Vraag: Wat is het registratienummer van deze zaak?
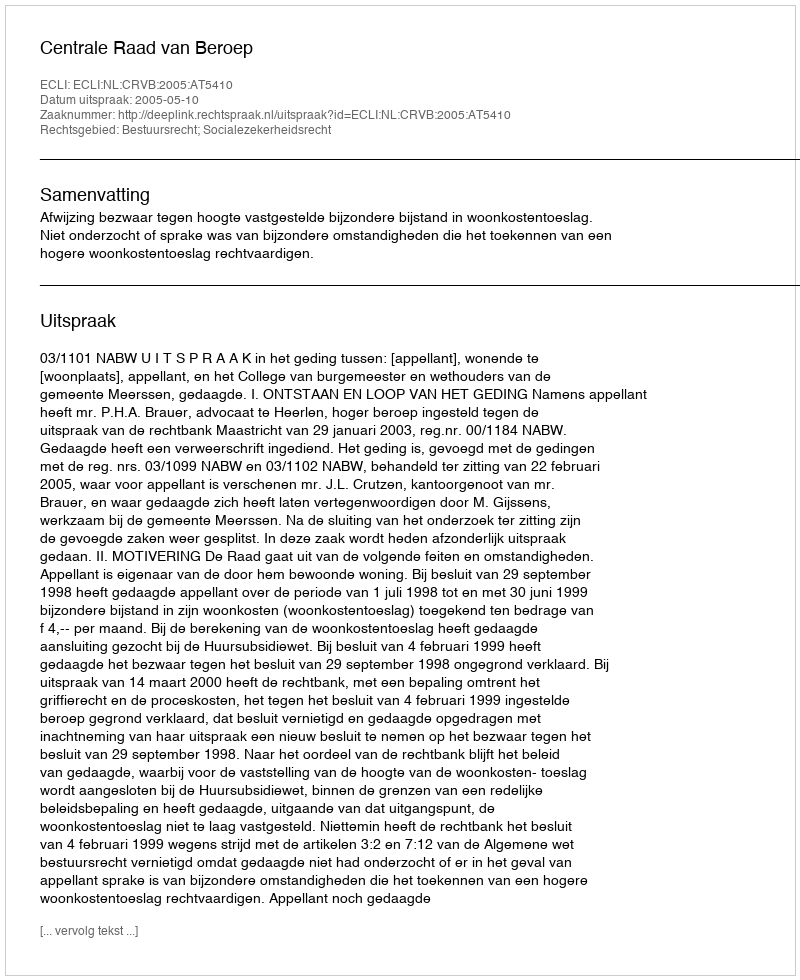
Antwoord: http://deeplink.rechtspraak.nl/uitspraak?id=ECLI:NL:CRVB:2005:AT5410